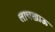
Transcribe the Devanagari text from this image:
लाचखाऊ